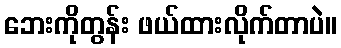
ဘေးကိုတွန်း ဖယ်ထားလိုက်တာပဲ။